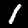
Label: 1